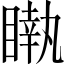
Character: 𥊝